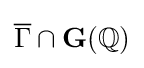
{\overline {\Gamma }}\cap \mathbf {G} (\mathbb {Q} )